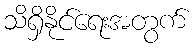
သိရှိနိုင်ရေးအတွက်